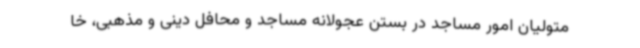
متولیان امور مساجد در بستن عجولانه مساجد و محافل دینی و مذهبی، خا